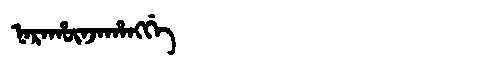
Manchu: ᠨᠠᡵᠠᡥᡡᠨᠵᠠᡥᠠᠩᡤᡝ
Romanization: NARAHŪNJAHANGGE